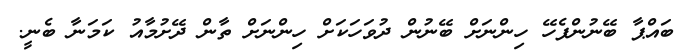
ބައްޕާ ބޭނުންފެހޭ ހިންނަށް ބޭނުން ދުވަހަކަށް ހިންނަށް ތާން ދޭށުމާއު ކަމަނާ ބެނީ.